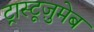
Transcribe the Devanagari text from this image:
ट्रास्टूज़ुमेब